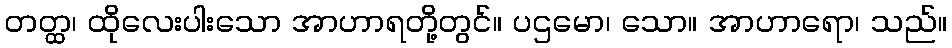
တတ္ထ၊ ထိုလေးပါးသော အာဟာရတို့တွင်။ ပဌမော၊ သော။ အာဟာရော၊ သည်။